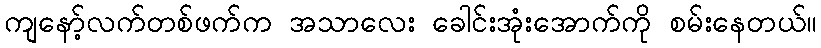
ကျနော့်လက်တစ်ဖက်က အသာလေး ခေါင်းအုံးအောက်ကို စမ်းနေတယ်။